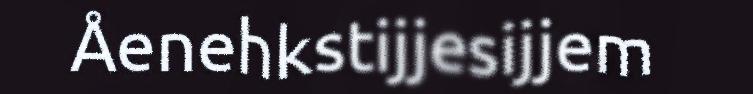
Åenehkstijjesijjem